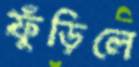
ফুঁড়িলে